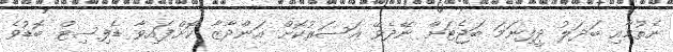
ނެތުމާއި ބަދަލު ދީފިނަމަ ބަޖެޓަށް ނޭދެވޭ އަސަރުކޮށް އަންދާޒާ ކޮށްފައިވާ ޑެފިސިޓް ބޮޑުވެ